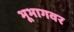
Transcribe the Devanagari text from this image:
भूभागवर